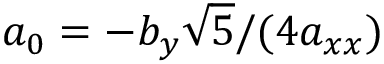
a _ { 0 } = - b _ { y } \sqrt { 5 } / ( 4 a _ { x x } )